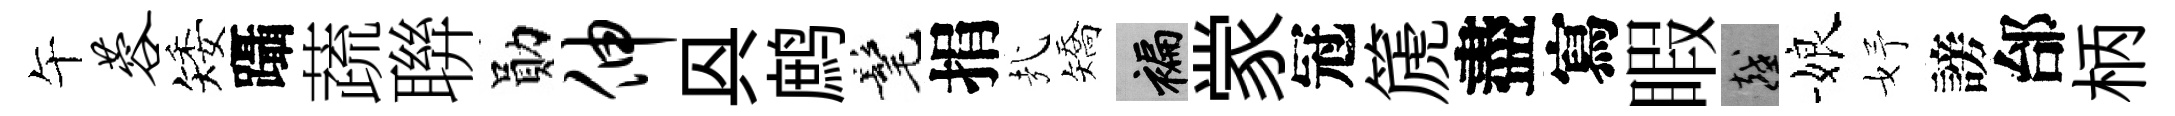
午蓉矮躡蔬聨勛伸㒷鹧髦捐㢤矯褊䝉冠篪盡寫睱越娘妤謗邰柄